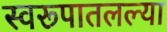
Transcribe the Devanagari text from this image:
स्वरूपातलल्या